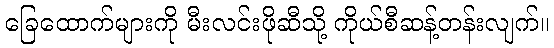
ခြေထောက်များကို မီးလင်းဖိုဆီသို့ ကိုယ်စီဆန့်တန်းလျက်။